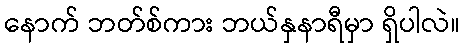
နောက် ဘတ်စ်ကား ဘယ်နှနာရီမှာ ရှိပါလဲ။